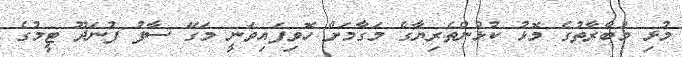
މުޅި މުބާރާތުގެ މޮޅު ކުޅުންތެރިޔާގެ މަގާމަށް ހޮވިފައިވަނީ މަގޭ ސާފު ފުނަދޫ ޓީމުގެ